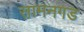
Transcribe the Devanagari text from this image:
सामनगड